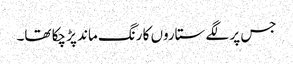
جس پر لگے ستاروں کا رنگ ماند پڑ چکا تھا۔